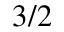
3 / 2